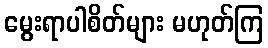
မွေးရာပါစိတ်များ မဟုတ်ကြ